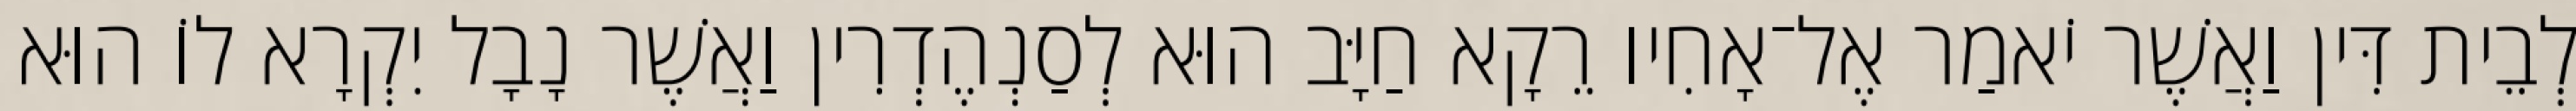
לְבֵית דִּין וַאֲשֶׁר יֹאמַר אֶל־אָחִיו רֵקָא חַיָּב הוּא לְסַנְהֶדְרִין וַאֲשֶׁר נָבָל יִקְרָא לוֹ הוּא